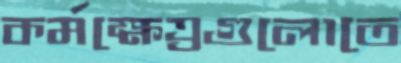
কর্মক্ষেত্রগুলোতে